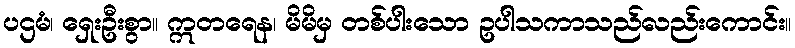
ပဌမံ၊ ရှေးဦးစွာ။ ဣတရေန၊ မိမိမှ တစ်ပါးသော ဥပါသကာသည်လည်းကောင်း။